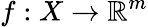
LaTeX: f:X\rightarrow\mathbb{R}^{m}